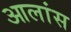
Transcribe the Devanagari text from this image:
आलांस